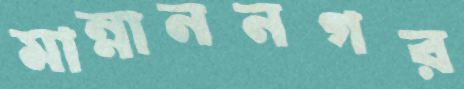
মান্নাননগর